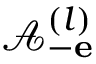
\mathcal { A } _ { - { \bf e } } ^ { ( l ) }